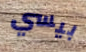
بيسي